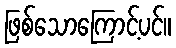
ဖြစ်သောကြောင့်ပင်။